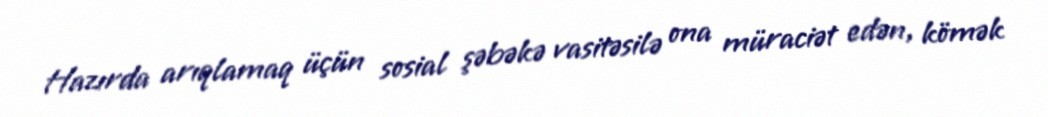
Hazırda arıqlamaq üçün sosial şəbəkə vasitəsilə ona müraciət edən, kömək